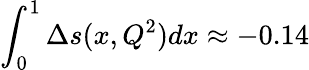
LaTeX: \int_{0}^{1}\Delta s(x,Q^{2})dx\approx-0.14